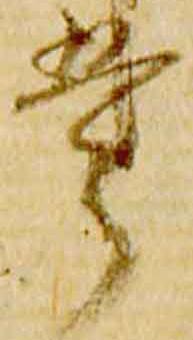
掌